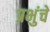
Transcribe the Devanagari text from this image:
प्रभुंचे